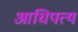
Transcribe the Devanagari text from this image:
आधिपत्य